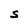
Character: S